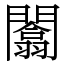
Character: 闟